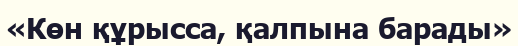
«Көн құрысса, қалпына барады»